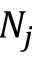
N _ { j }